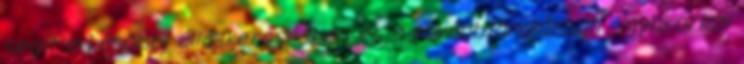
segít a későbbi álláskeresésben és a továbbtanulásban - gyakorlati